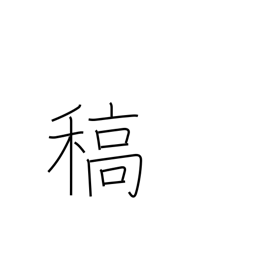
Meaning: straw